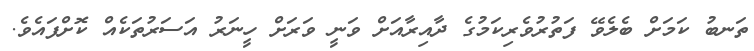
ތަނބު ކަމަށް ބެލެވޭ ފަތުރުވެރިކަމުގެ ދާއިރާއަށް ވަނީ ވަރަށް ހީނަރު އަސަރުތަކެއް ކޮށްފައެވެ.